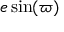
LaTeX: e \sin ( \varpi )